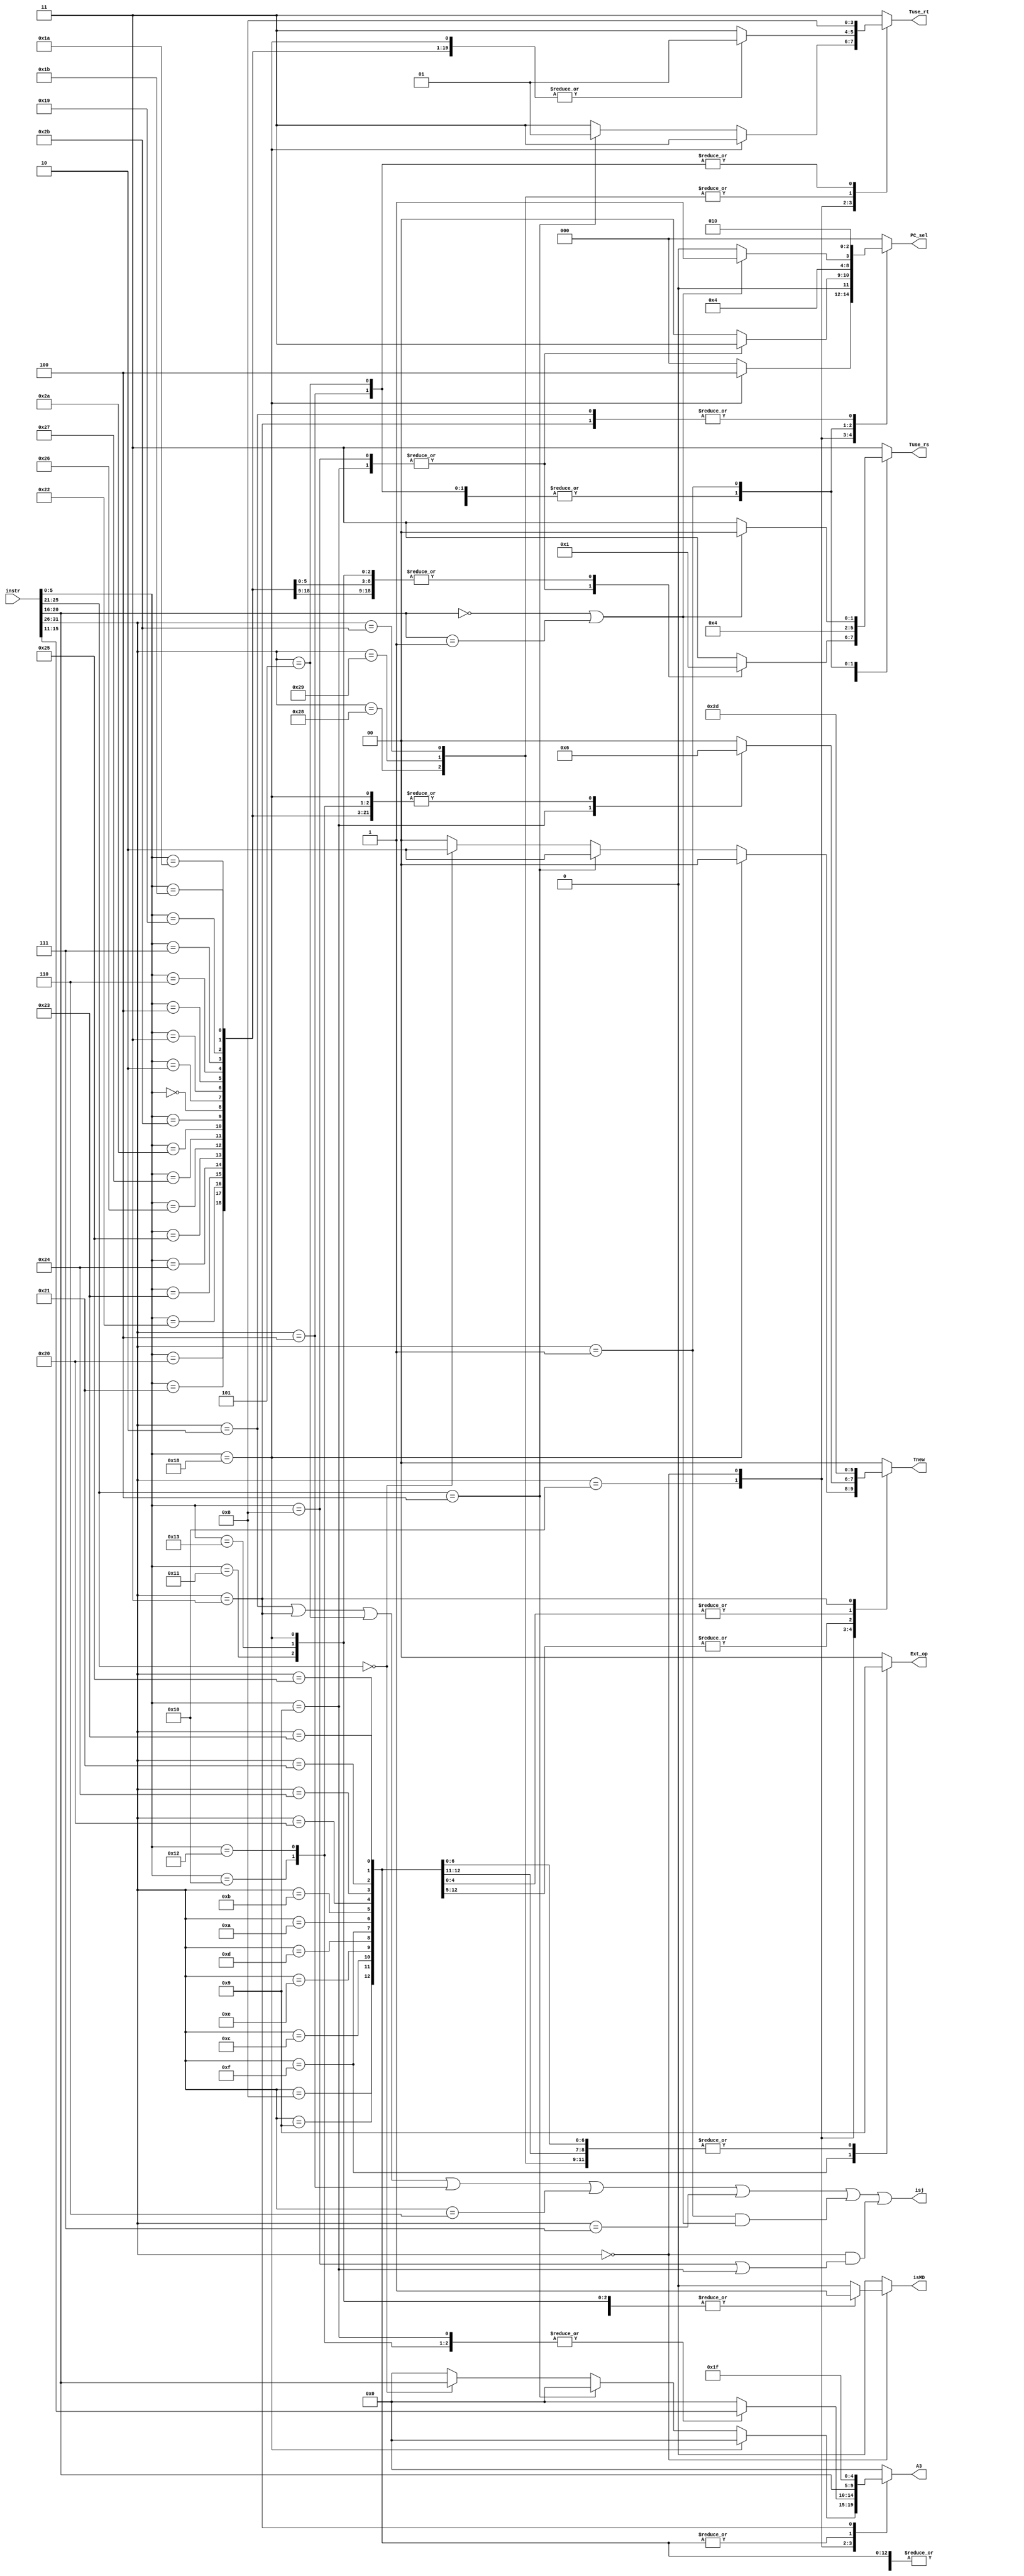
`timescale 1ns / 1ps
`define op 31:26
`define func 5:0
`define rs 25:21
`define rt 20:16
`define rd 15:11
//////////////////////////////////////////////////////////////////////////////////
// Company: 
// Engineer: 
// 
// Design Name: 
// Module Name:    CON_D_module 
// Project Name: 
// Target Devices: 
// Tool versions: 
// Description: 
//
// Dependencies: 
//
// Revision: 
// Revision 0.01 - File Created
// Additional Comments: 
//
//////////////////////////////////////////////////////////////////////////////////
module CON_D_module(
    input [31:0] instr,
    output reg [2:0] PC_sel,
    output reg [1:0] Ext_op,
	 output reg [1:0] Tuse_rs,
	 output reg [1:0] Tuse_rt,
	 output reg [1:0] Tnew,
	 output reg [4:0] A3,
	 output reg isMD,
	 output isj
    );

	parameter r_op   = 6'b000000,
				 add    = 6'b100000,
				 addu   = 6'b100001,
				 sub    = 6'b100010,
				 subu   = 6'b100011,
				 And    = 6'b100100,
				 Or     = 6'b100101,
				 Xor    = 6'b100110,
				 Nor    = 6'b100111,
				 slt    = 6'b101010,
				 sltu   = 6'b101011,
				 sll    = 6'b000000,
				 srl    = 6'b000010,
				 sra    = 6'b000011,
				 sllv   = 6'b000100,
				 srlv   = 6'b000110,
				 srav   = 6'b000111,
				 jr     = 6'b001000,
				 jalr   = 6'b001001,
				 mult   = 6'b011000,
				 multu  = 6'b011001,
				 div    = 6'b011010,
				 divu   = 6'b011011,
				 mfhi   = 6'b010000,
				 mflo   = 6'b010010,
				 mthi   = 6'b010001,
				 mtlo   = 6'b010011,
				 
				 addi   = 6'b001000,
				 addiu  = 6'b001001,
				 andi   = 6'b001100,
				 ori    = 6'b001101,
				 xori   = 6'b001110,
				 lui    = 6'b001111,
				 slti   = 6'b001010,
				 sltiu  = 6'b001011,
				 lb     = 6'b100000,
				 lbu	  = 6'b100100,
				 lh     = 6'b100001,
				 lhu    = 6'b100101,
				 lw     = 6'b100011,
				 sb	  = 6'b101000,
				 sh     = 6'b101001,
				 sw     = 6'b101011,
				 beq    = 6'b000100,
				 bne    = 6'b000101,
				 blez   = 6'b000110,
				 bgtz   = 6'b000111,
				 bltz_bgez = 6'b000001,
				 bltz = 5'b00000,
				 bgez = 5'b00001,
				 jal    = 6'b000011,
				 COP0   = 6'b010000,
				 eret   = 6'b011000,
				 mtc0   = 5'b00100,
				 mfc0   = 5'b00000,
				 j      = 6'b000010;
	
	assign isj = (instr[`op]==j || instr[`op]==jal || instr[`op]==bne || instr[`op]==beq || instr[`op]==blez || 
	              instr[`op]==bgtz|| (instr[`op]==bltz_bgez&&(instr[`rt]==bltz||instr[`rt]==bgez)) || (instr[`op]==r_op &&(instr[`func]==jr||instr[`func]==jalr)));
					  
	always @(*)begin
		case(instr[`op])
		COP0:begin
			if(instr[`func] == eret)begin
				PC_sel    = 4;
				Ext_op    = 0;
				Tuse_rs   = 3;
				Tuse_rt   = 3;
				Tnew      = 0;
				A3        = 0;
				isMD      = 0;
			end
			else if(instr[`rs] == mtc0)begin
				PC_sel    = 0;
				Ext_op    = 0;
				Tuse_rs   = 3;
				Tuse_rt   = 1;
				Tnew      = 2;
				A3        = 0;
				isMD      = 0;
			end
			else if(instr[`rs] == mfc0)begin
				PC_sel    = 0;
				Ext_op    = 0;
				Tuse_rs   = 3;
				Tuse_rt   = 3;
				Tnew      = 2;
				A3        = instr[`rt];
				isMD      = 0;
			end
			else begin
				PC_sel    = 0;
				Ext_op    = 0;
				Tuse_rs   = 3;
				Tuse_rt   = 3;
				Tnew      = 0;
				A3        = 0;
				isMD      = 0;
			end
		end
		r_op:begin
			case(instr[`func])
				add:begin
					PC_sel    = 0;
					Ext_op    = 0;
					Tuse_rs   = 1;
					Tuse_rt   = 1;
					Tnew      = 2;
					A3        = instr[`rd];
					isMD      = 0;
				end
				addu:begin
					PC_sel    = 0;
					Ext_op    = 0;
					Tuse_rs   = 1;
					Tuse_rt   = 1;
					Tnew      = 2;
					A3        = instr[`rd];
					isMD      = 0;
				end
				sub:begin
					PC_sel    = 0;
					Ext_op    = 0;
					Tuse_rs   = 1;
					Tuse_rt   = 1;
					Tnew      = 2;
					A3        = instr[`rd];
					isMD      = 0;
				end
				subu:begin
					PC_sel    = 0;
					Ext_op    = 0;
					Tuse_rs   = 1;
					Tuse_rt   = 1;
					Tnew      = 2;
					A3        = instr[`rd];
					isMD      = 0;
				end
				And:begin
					PC_sel    = 0;
					Ext_op    = 0;
					Tuse_rs   = 1;
					Tuse_rt   = 1;
					Tnew      = 2;
					A3        = instr[`rd];
					isMD      = 0;
				end
				Or:begin
					PC_sel    = 0;
					Ext_op    = 0;
					Tuse_rs   = 1;
					Tuse_rt   = 1;
					Tnew      = 2;
					A3        = instr[`rd];
					isMD      = 0;
				end
				Xor:begin
					PC_sel    = 0;
					Ext_op    = 0;
					Tuse_rs   = 1;
					Tuse_rt   = 1;
					Tnew      = 2;
					A3        = instr[`rd];
					isMD      = 0;
				end
				Nor:begin
					PC_sel    = 0;
					Ext_op    = 0;
					Tuse_rs   = 1;
					Tuse_rt   = 1;
					Tnew      = 2;
					A3        = instr[`rd];
					isMD      = 0;
				end
				slt:begin
					PC_sel    = 0;
					Ext_op    = 0;
					Tuse_rs   = 1;
					Tuse_rt   = 1;
					Tnew      = 2;
					A3        = instr[`rd];
					isMD      = 0;
				end
				sltu:begin
					PC_sel    = 0;
					Ext_op    = 0;
					Tuse_rs   = 1;
					Tuse_rt   = 1;
					Tnew      = 2;
					A3        = instr[`rd];
					isMD      = 0;
				end
				sll:begin
					PC_sel    = 0;
					Ext_op    = 0;
					Tuse_rs   = 3;
					Tuse_rt   = 1;
					Tnew      = 2;
					A3        = instr[`rd];
					isMD      = 0;
				end
				srl:begin
					PC_sel    = 0;
					Ext_op    = 0;
					Tuse_rs   = 3;
					Tuse_rt   = 1;
					Tnew      = 2;
					A3        = instr[`rd];
					isMD      = 0;
				end
				sra:begin
					PC_sel    = 0;
					Ext_op    = 0;
					Tuse_rs   = 3;
					Tuse_rt   = 1;
					Tnew      = 2;
					A3        = instr[`rd];
					isMD      = 0;
				end
				sllv:begin
					PC_sel    = 0;
					Ext_op    = 0;
					Tuse_rs   = 1;
					Tuse_rt   = 1;
					Tnew      = 2;
					A3        = instr[`rd];
					isMD      = 0;
				end
				srlv:begin
					PC_sel    = 0;
					Ext_op    = 0;
					Tuse_rs   = 1;
					Tuse_rt   = 1;
					Tnew      = 2;
					A3        = instr[`rd];
					isMD      = 0;
				end
				srav:begin
					PC_sel    = 0;
					Ext_op    = 0;
					Tuse_rs   = 1;
					Tuse_rt   = 1;
					Tnew      = 2;
					A3        = instr[`rd];
					isMD      = 0;
				end
				jr:begin
					PC_sel    = 3;
					Ext_op    = 0;
					Tuse_rs   = 0;
					Tuse_rt   = 3;
					Tnew      = 0;
					A3        = 0;
					isMD      = 0;
				end
				jalr:begin
					PC_sel    = 3;
					Ext_op    = 0;
					Tuse_rs   = 0;
					Tuse_rt   = 3;
					Tnew      = 1;
					A3        = instr[`rd];
					isMD      = 0;
				end
				mult:begin
					PC_sel    = 0;
					Ext_op    = 0;
					Tuse_rs   = 1;
					Tuse_rt   = 1;
					Tnew      = 2;
					A3        = 0;
					isMD      = 1;
				end
				multu:begin
					PC_sel    = 0;
					Ext_op    = 0;
					Tuse_rs   = 1;
					Tuse_rt   = 1;
					Tnew      = 2;
					A3        = 0;
					isMD      = 1;
				end
				div:begin
					PC_sel    = 0;
					Ext_op    = 0;
					Tuse_rs   = 1;
					Tuse_rt   = 1;
					Tnew      = 2;
					A3        = 0;
					isMD      = 1;
				end
				divu:begin
					PC_sel    = 0;
					Ext_op    = 0;
					Tuse_rs   = 1;
					Tuse_rt   = 1;
					Tnew      = 2;
					A3        = 0;
					isMD      = 1;
				end
				mfhi:begin
					PC_sel    = 0;
					Ext_op    = 0;
					Tuse_rs   = 3;
					Tuse_rt   = 3;
					Tnew      = 2;
					A3        = instr[`rd];
					isMD      = 1;
				end
				mflo:begin
					PC_sel    = 0;
					Ext_op    = 0;
					Tuse_rs   = 3;
					Tuse_rt   = 3;
					Tnew      = 2;
					A3        = instr[`rd];
					isMD      = 1;
				end
				mthi:begin
					PC_sel    = 0;
					Ext_op    = 0;
					Tuse_rs   = 1;
					Tuse_rt   = 3;
					Tnew      = 0;
					A3        = 0;
					isMD      = 1;
				end
				mtlo:begin
					PC_sel    = 0;
					Ext_op    = 0;
					Tuse_rs   = 1;
					Tuse_rt   = 3;
					Tnew      = 0;
					A3        = 0;
					isMD      = 1;
				end
				default begin
					PC_sel    = 0;
					Ext_op    = 0;
					Tuse_rs   = 3;
					Tuse_rt   = 3;
					Tnew      = 0;
					A3        = 0;
					isMD      = 0;
				end
			endcase
		end
		addi:begin
			PC_sel    = 0;
			Ext_op    = 1;
			Tuse_rs   = 1;
			Tuse_rt   = 3;
			Tnew      = 2;
			A3        = instr[`rt];
			isMD      = 0;
		end
		addiu:begin
			PC_sel    = 0;
			Ext_op    = 1;
			Tuse_rs   = 1;
			Tuse_rt   = 3;
			Tnew      = 2;
			A3        = instr[`rt];
			isMD      = 0;
		end
		andi:begin
			PC_sel    = 0;
			Ext_op    = 0;
			Tuse_rs   = 1;
			Tuse_rt   = 3;
			Tnew      = 2;
			A3        = instr[`rt];
			isMD      = 0;
		end
		xori:begin
			PC_sel    = 0;
			Ext_op    = 0;
			Tuse_rs   = 1;
			Tuse_rt   = 3;
			Tnew      = 2;
			A3        = instr[`rt];
			isMD      = 0;
		end
		ori:begin
			PC_sel    = 0;
			Ext_op    = 0;
			Tuse_rs   = 1;
			Tuse_rt   = 3;
			Tnew      = 2;
			A3        = instr[`rt];
			isMD      = 0;
		end
		lui:begin
			PC_sel    = 0;
			Ext_op    = 2;
			Tuse_rs   = 1;
			Tuse_rt   = 3;
			Tnew      = 2;
			A3        = instr[`rt];
			isMD      = 0;
		end
		slti:begin
			PC_sel    = 0;
			Ext_op    = 1;
			Tuse_rs   = 1;
			Tuse_rt   = 3;
			Tnew      = 2;
			A3        = instr[`rt];
			isMD      = 0;
		end
		sltiu:begin
			PC_sel    = 0;
			Ext_op    = 1;
			Tuse_rs   = 1;
			Tuse_rt   = 3;
			Tnew      = 2;
			A3        = instr[`rt];
			isMD      = 0;
		end
		lb:begin
			PC_sel    = 0;
			Ext_op    = 1;
			Tuse_rs   = 1;
			Tuse_rt   = 3;
			Tnew      = 3;
			A3        = instr[`rt];
			isMD      = 0;
		end
		lbu:begin
			PC_sel    = 0;
			Ext_op    = 1;
			Tuse_rs   = 1;
			Tuse_rt   = 3;
			Tnew      = 3;
			A3        = instr[`rt];
			isMD      = 0;
		end
		lh:begin
			PC_sel    = 0;
			Ext_op    = 1;
			Tuse_rs   = 1;
			Tuse_rt   = 3;
			Tnew      = 3;
			A3        = instr[`rt];
			isMD      = 0;
		end
		lhu:begin
			PC_sel    = 0;
			Ext_op    = 1;
			Tuse_rs   = 1;
			Tuse_rt   = 3;
			Tnew      = 3;
			A3        = instr[`rt];
			isMD      = 0;
		end
		lw:begin
			PC_sel    = 0;
			Ext_op    = 1;
			Tuse_rs   = 1;
			Tuse_rt   = 3;
			Tnew      = 3;
			A3        = instr[`rt];
			isMD      = 0;
		end
		sb:begin
			PC_sel    = 0;
			Ext_op    = 1;
			Tuse_rs   = 1;
			Tuse_rt   = 2;
			Tnew      = 0;
			A3        = 0;
			isMD      = 0;
		end
		sh:begin
			PC_sel    = 0;
			Ext_op    = 1;
			Tuse_rs   = 1;
			Tuse_rt   = 2;
			Tnew      = 0;
			A3        = 0;
			isMD      = 0;
		end
		sw:begin
			PC_sel    = 0;
			Ext_op    = 1;
			Tuse_rs   = 1;
			Tuse_rt   = 2;
			Tnew      = 0;
			A3        = 0;
			isMD      = 0;
		end
		beq:begin
			PC_sel    = 1;
			Ext_op    = 0;
			Tuse_rs   = 0;
			Tuse_rt   = 0;
			Tnew      = 0;
			A3        = 0;
			isMD      = 0;
		end
		bne:begin
			PC_sel    = 1;
			Ext_op    = 0;
			Tuse_rs   = 0;
			Tuse_rt   = 0;
			Tnew      = 0;
			A3        = 0;
			isMD      = 0;
		end
		blez:begin
			PC_sel    = 1;
			Ext_op    = 0;
			Tuse_rs   = 0;
			Tuse_rt   = 3;
			Tnew      = 0;
			A3        = 0;
			isMD      = 0;
		end
		bgtz:begin
			PC_sel    = 1;
			Ext_op    = 0;
			Tuse_rs   = 0;
			Tuse_rt   = 3;
			Tnew      = 0;
			A3        = 0;
			isMD      = 0;
		end
		bltz_bgez:begin
			if(instr[`rt]==bltz||instr[`rt]==bgez)begin
				PC_sel    = 1;
				Ext_op    = 0;
				Tuse_rs   = 0;
				Tuse_rt   = 3;
				Tnew      = 0;
				A3        = 0;
				isMD      = 0;
			end
			else begin
				PC_sel    = 0;
				Ext_op    = 0;
				Tuse_rs   = 3;
				Tuse_rt   = 3;
				Tnew      = 0;
				A3        = 0;
				isMD      = 0;
			end
		end
		jal:begin
			PC_sel    = 2;
			Ext_op    = 0;
			Tuse_rs   = 3;
			Tuse_rt   = 3;
			Tnew      = 1;
			A3        = 31;
			isMD      = 0;
		end
		j:begin
			PC_sel    = 2;
			Ext_op    = 0;
			Tuse_rs   = 3;
			Tuse_rt   = 3;
			Tnew      = 0;
			A3        = 0;
			isMD      = 0;
		end
		default begin
			PC_sel    = 0;
			Ext_op    = 0;
			Tuse_rs   = 3;
			Tuse_rt   = 3;
			Tnew      = 0;
			A3        = 0;
			isMD      = 0;
		end
		endcase
	end
endmodule